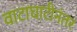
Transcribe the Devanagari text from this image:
वाटाघाटीनंतर